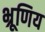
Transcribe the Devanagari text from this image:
भ्रूणिय